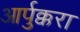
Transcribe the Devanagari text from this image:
आर्पुक्करा